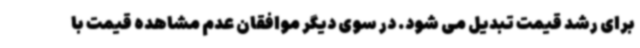
برای رشد قیمت تبدیل می شود. در سوی دیگر موافقان عدم مشاهده قیمت با